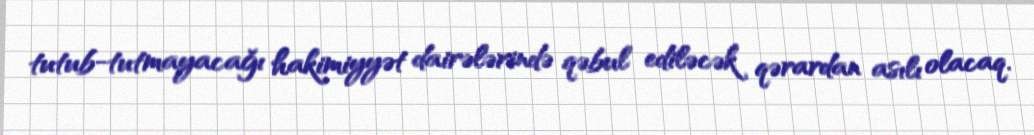
tutub-tutmayacağı hakimiyyət dairələrində qəbul ediləcək qərardan asılı olacaq.